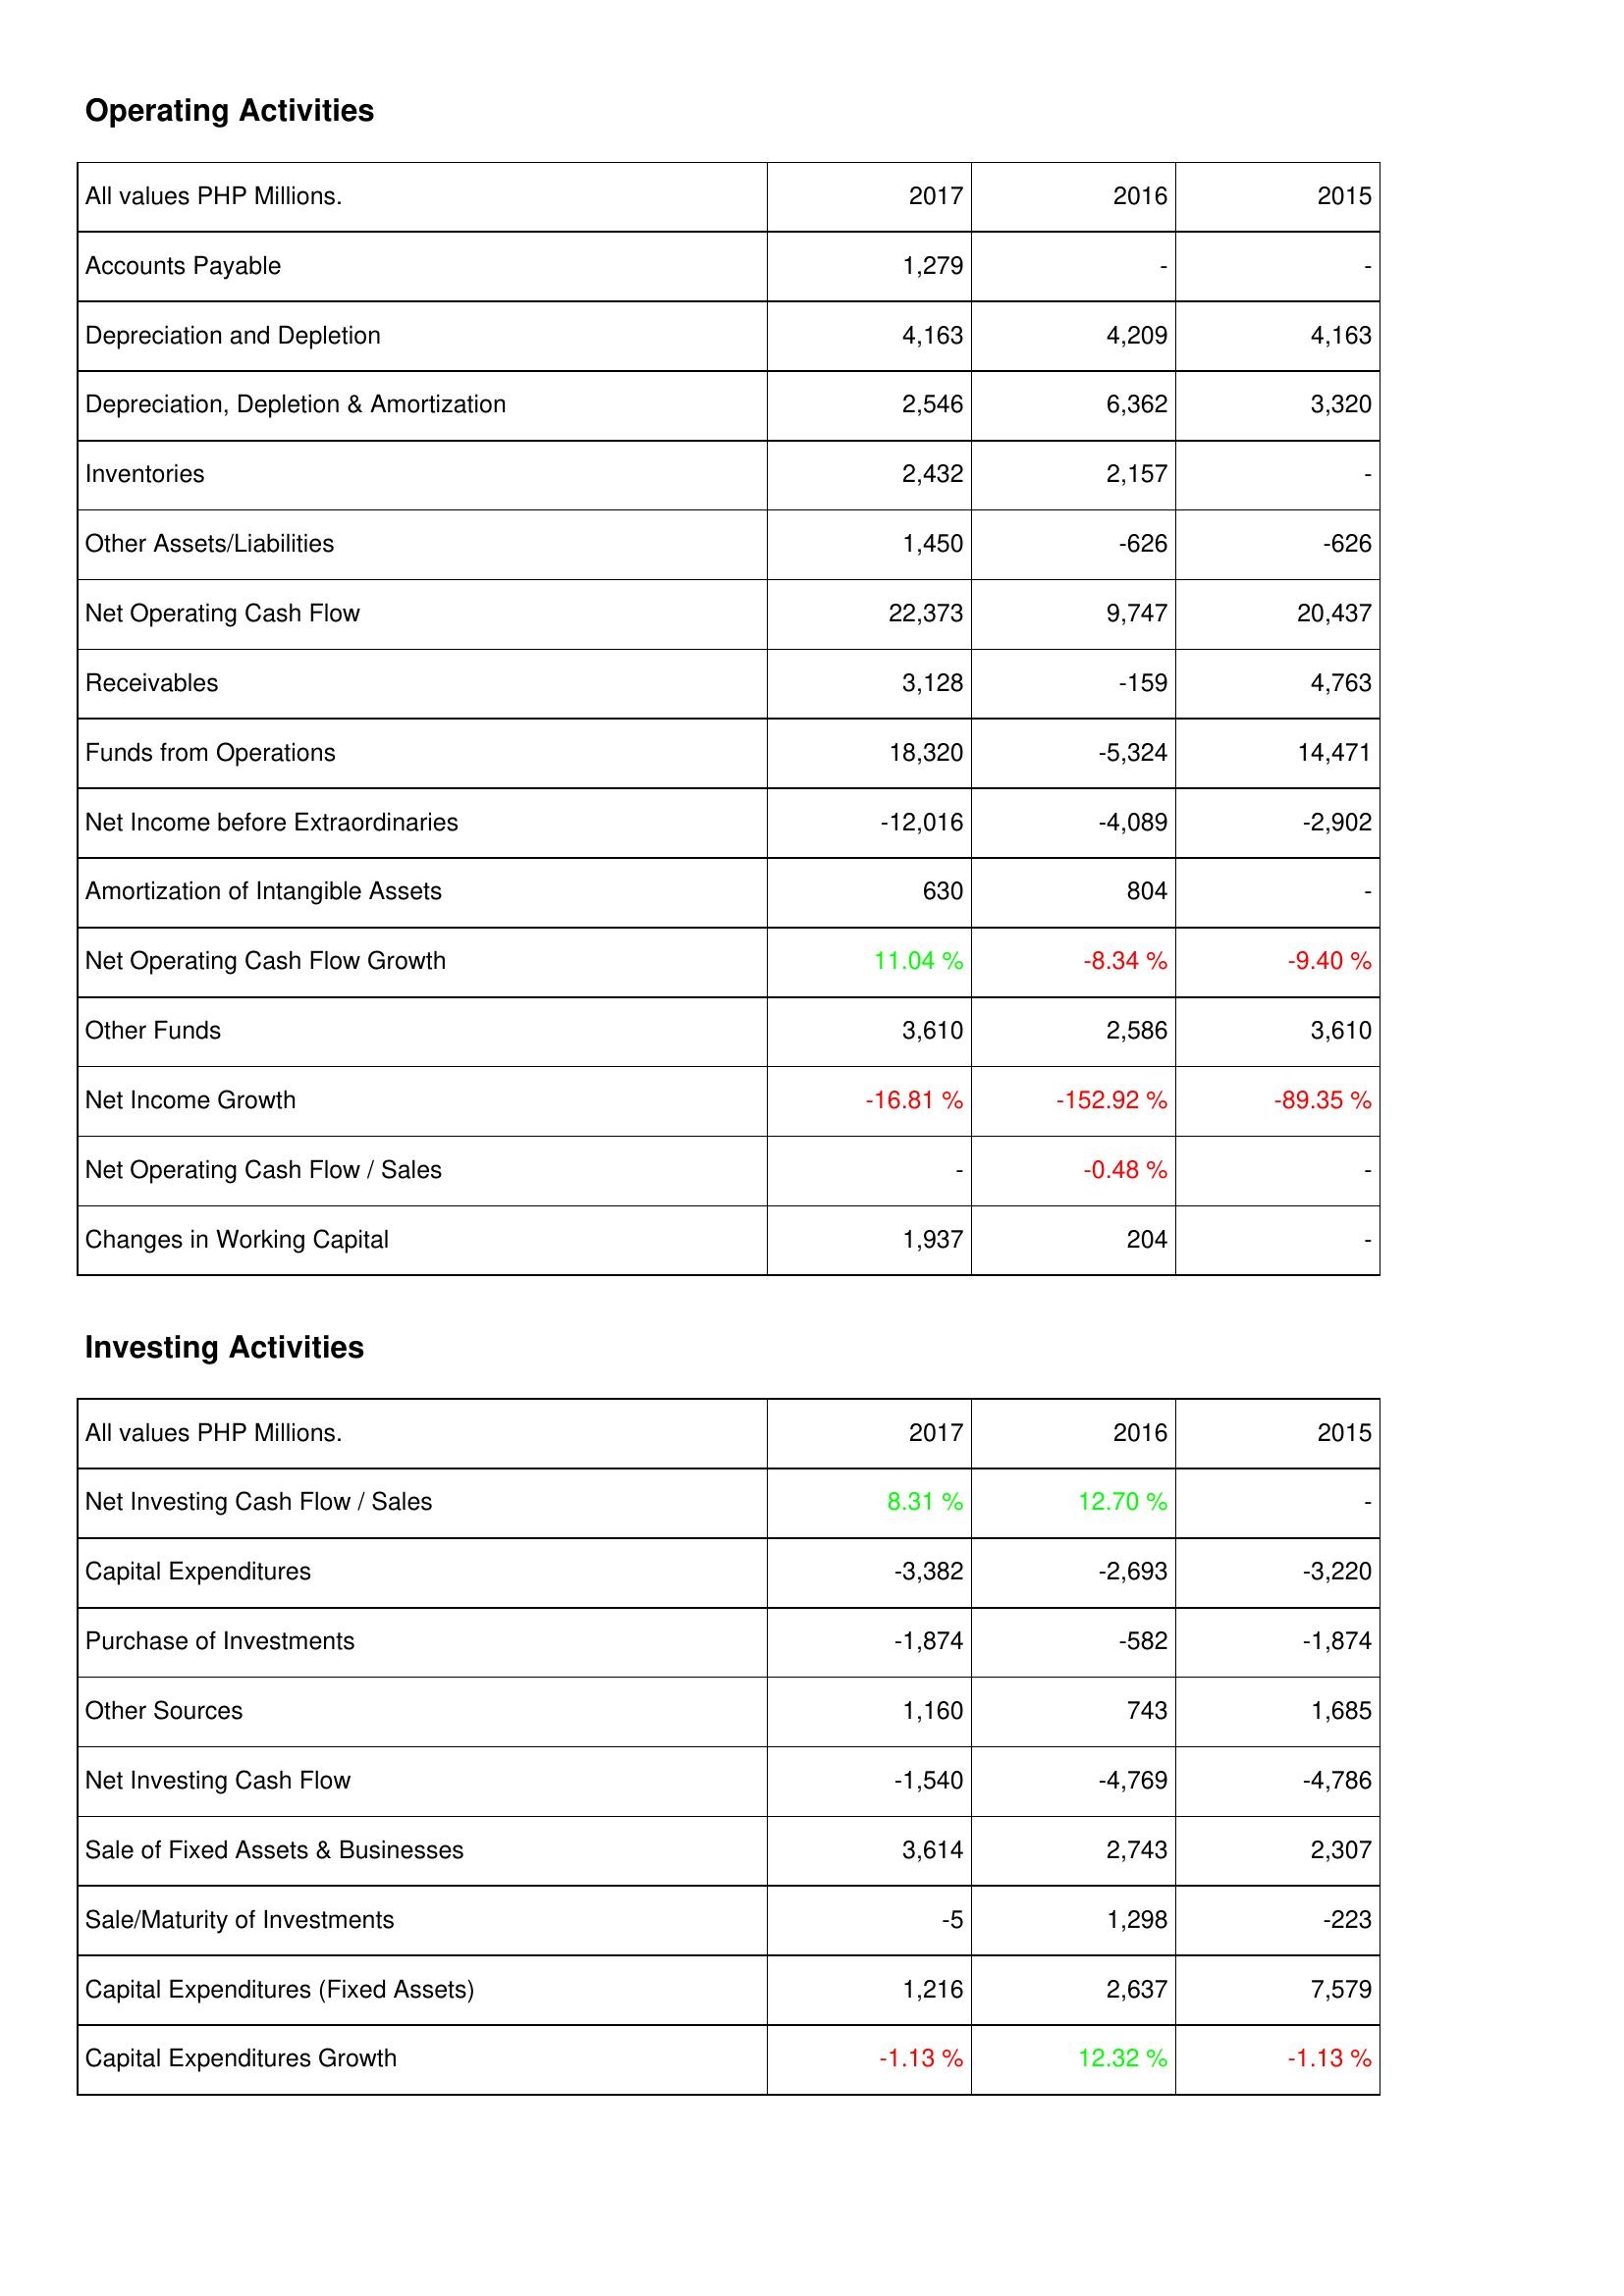
2017: Operating Activities: Accounts Payable: 1,279
Depreciation and Depletion: 4,163
Depreciation, Depletion & Amortization: 2,546
Inventories: 2,432
Other Assets/Liabilities: 1,450
Net Operating Cash Flow: 22,373
Receivables: 3,128
Funds from Operations: 18,320
Net Income before Extraordinaries: -12,016
Amortization of Intangible Assets: 630
Net Operating Cash Flow Growth: 11.04 %
Other Funds: 3,610
Net Income Growth: -16.81 %
Net Operating Cash Flow / Sales: -
Changes in Working Capital: 1,937
Investing Activities: Net Investing Cash Flow / Sales: 8.31 %
Capital Expenditures: -3,382
Purchase of Investments: -1,874
Other Sources: 1,160
Net Investing Cash Flow: -1,540
Sale of Fixed Assets & Businesses: 3,614
Sale/Maturity of Investments: -5
Capital Expenditures (Fixed Assets): 1,216
Capital Expenditures Growth: -1.13 %
2016: Operating Activities: Accounts Payable: -
Depreciation and Depletion: 4,209
Depreciation, Depletion & Amortization: 6,362
Inventories: 2,157
Other Assets/Liabilities: -626
Net Operating Cash Flow: 9,747
Receivables: -159
Funds from Operations: -5,324
Net Income before Extraordinaries: -4,089
Amortization of Intangible Assets: 804
Net Operating Cash Flow Growth: -8.34 %
Other Funds: 2,586
Net Income Growth: -152.92 %
Net Operating Cash Flow / Sales: -0.48 %
Changes in Working Capital: 204
Investing Activities: Net Investing Cash Flow / Sales: 12.70 %
Capital Expenditures: -2,693
Purchase of Investments: -582
Other Sources: 743
Net Investing Cash Flow: -4,769
Sale of Fixed Assets & Businesses: 2,743
Sale/Maturity of Investments: 1,298
Capital Expenditures (Fixed Assets): 2,637
Capital Expenditures Growth: 12.32 %
2015: Operating Activities: Accounts Payable: -
Depreciation and Depletion: 4,163
Depreciation, Depletion & Amortization: 3,320
Inventories: -
Other Assets/Liabilities: -626
Net Operating Cash Flow: 20,437
Receivables: 4,763
Funds from Operations: 14,471
Net Income before Extraordinaries: -2,902
Amortization of Intangible Assets: -
Net Operating Cash Flow Growth: -9.40 %
Other Funds: 3,610
Net Income Growth: -89.35 %
Net Operating Cash Flow / Sales: -
Changes in Working Capital: -
Investing Activities: Net Investing Cash Flow / Sales: -
Capital Expenditures: -3,220
Purchase of Investments: -1,874
Other Sources: 1,685
Net Investing Cash Flow: -4,786
Sale of Fixed Assets & Businesses: 2,307
Sale/Maturity of Investments: -223
Capital Expenditures (Fixed Assets): 7,579
Capital Expenditures Growth: -1.13 %